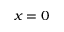
x = 0